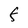
Character: F